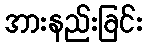
အားနည်းခြင်း